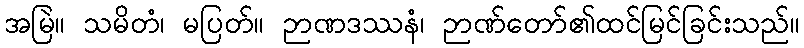
အမြဲ။ သမိတံ၊ မပြတ်။ ဉာဏဒဿနံ၊ ဉာဏ်တော်၏ထင်မြင်ခြင်းသည်။